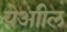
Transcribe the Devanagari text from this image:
येआील